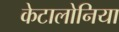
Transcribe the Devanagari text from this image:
केटालोनिया